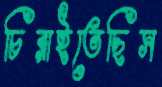
চিরাইতেছিস